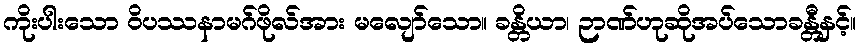
ကိုးပါးသော ဝိပဿနာမဂ်ဖိုလ်အား မလျော်သော။ ခန္တိယာ၊ ဉာဏ်ဟုဆိုအပ်သောခန္တီနှင့်။